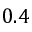
0 . 4